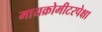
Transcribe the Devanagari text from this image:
मायक्रोमीटरपेक्षा